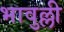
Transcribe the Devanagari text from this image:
भावुल्ली